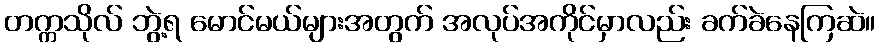
တက္ကသိုလ် ဘွဲ့ရ မောင်မယ်များအတွက် အလုပ်အကိုင်မှာလည်း ခက်ခဲနေကြဆဲ။